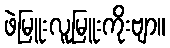
ဖဲမြူးလူမြူးကိုးဗျာ။